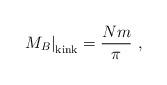
LaTeX: \begin{align*}\left. M_{B}\right|_{\rm kink} = \frac{Nm}{\pi} \ ,\end{align*}